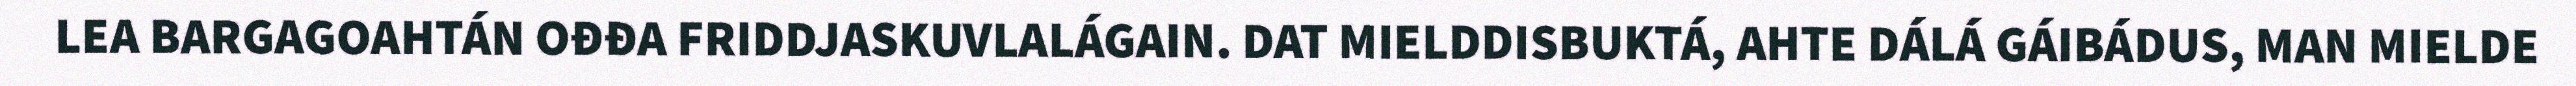
LEA BARGAGOAHTÁN OĐĐA FRIDDJASKUVLALÁGAIN. DAT MIELDDISBUKTÁ, AHTE DÁLÁ GÁIBÁDUS, MAN MIELDE